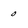
Character: 0